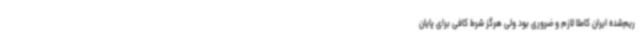
ریم‌شده ایران کاملا لازم و ضروری بود ولی هرگز شرط کافی برای پایان